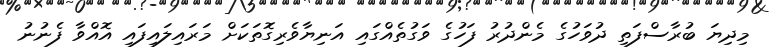
މިދިޔަ ބުރާސްފަތި ދުވަހުގެ މެންދުރު ފަހުގެ ވަގުތެއްގައި އަނިޔާވެރިގޮތަކަށް މަރައިލައިފައި އޮއްވާ ފެނުނު